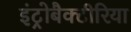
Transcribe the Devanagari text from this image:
इंट्रोबैक्टीरिया